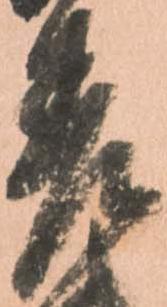
差